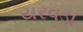
યરવડા